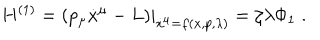
H ^ { ( 1 ) } = \left. \left( p _ { \mu } \dot { x } ^ { \mu } - L \right) \right| _ { \dot { x } ^ { \mu } = f ( x , p , \lambda ) } = \zeta \lambda \Phi _ { 1 } \; .